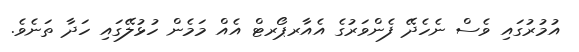
އުމުރުގައި ވެސް ނެހެދޭ ފެންވަރުގެ އެއާރޕޯރޓް އެއް މަމެން ހުޅުލޭގައި ހަދާ ތަނެވެ.